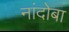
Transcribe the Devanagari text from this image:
नांदोबा